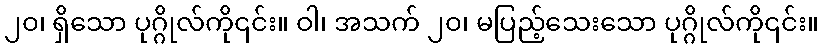
၂၀၊ ရှိသော ပုဂ္ဂိုလ်ကို၎င်း။ ဝါ၊ အသက် ၂၀၊ မပြည့်သေးသော ပုဂ္ဂိုလ်ကို၎င်း။